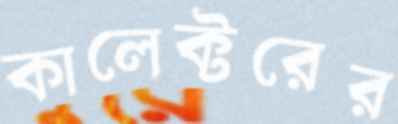
কালেক্টরের